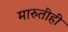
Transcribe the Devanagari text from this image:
मारुतीही